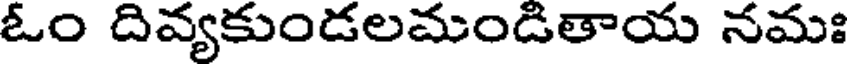
ఓం దివ్యకుండలమండితాయ నమః